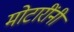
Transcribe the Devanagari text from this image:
मोटारींनी